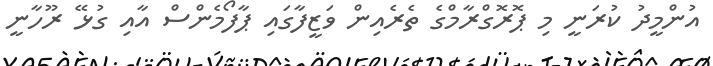
އުންމީދު ކުރަނީ މި ޕޮރޮގްރާމްގެ ތެރެއިން ވަޒީފާގައި ޕާފޯމެންސް އާއި ގުޅޭ ރޫހާނީ